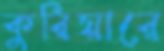
কুরিয়ারে